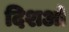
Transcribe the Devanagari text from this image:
दिशओ